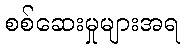
စစ်ဆေးမှုများအရ